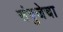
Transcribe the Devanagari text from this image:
संयुजेचा